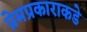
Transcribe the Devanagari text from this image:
प्रेमप्रकाराकडे